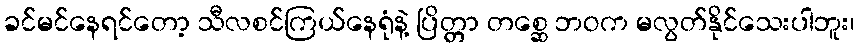
ခင်မင်နေရင်တော့ သီလစင်ကြယ်နေရုံနဲ့ ပြိတ္တာ တစ္ဆေ ဘဝက မလွတ်နိုင်သေးပါဘူး၊